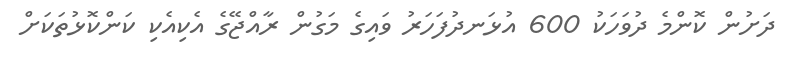
ދަށުން ކޮންމެ ދުވަހަކު 600 އުޅަނދުފަހަރު ވައިގެ މަގުން ރާއްޖޭގެ އެކިއެކި ކަންކޮޅުތަކަށް